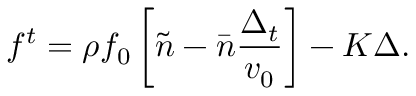
f ^ { t } = \rho f _ { 0 } \left[ \tilde { n } - \bar { n } \frac { \Delta _ { t } } { v _ { 0 } } \right] - K \Delta .